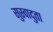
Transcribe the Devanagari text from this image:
सुस्वादुता